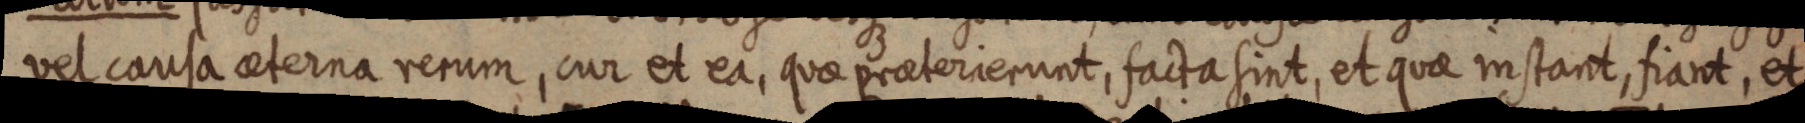
vel causa aeterna rerum, cur et ea, quae praeterierunt, facta sint, et quae instant, fiant, et